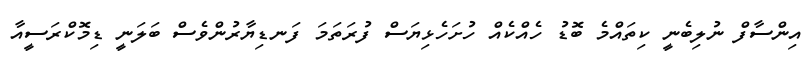
އިންސާފް ނުލިބެނީ ކިތައްމެ ބޮޑު ހެއްކެއް ހުށަހެޅިޔަސް ފުރަތަމަ ފަނޑިޔާރުންވެސް ބަލަނީ ޑިމޮކްރަސީއާ